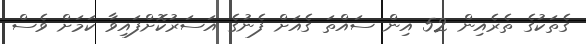
ގެތަކުގެ ތެރެއިން 52 އިން ސައްތަ ގެއަށް ފެނުގެ އަސަރުކޮށްފައިވާ ކަމަށް ވެސް